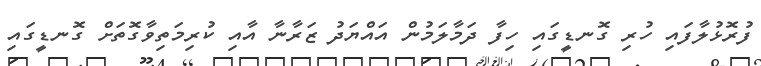
ފުރޮޅުލާފައި ހުރި ގޮނޑީގައި ހިފާ ދަމާލަމުން އައްޔަދު ޒަރާނާ އާއި ކުރިމަތިވާގޮތަށް ގޮނޑީގައި